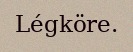
Légköre.